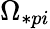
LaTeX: \Omega_{\ast pi}